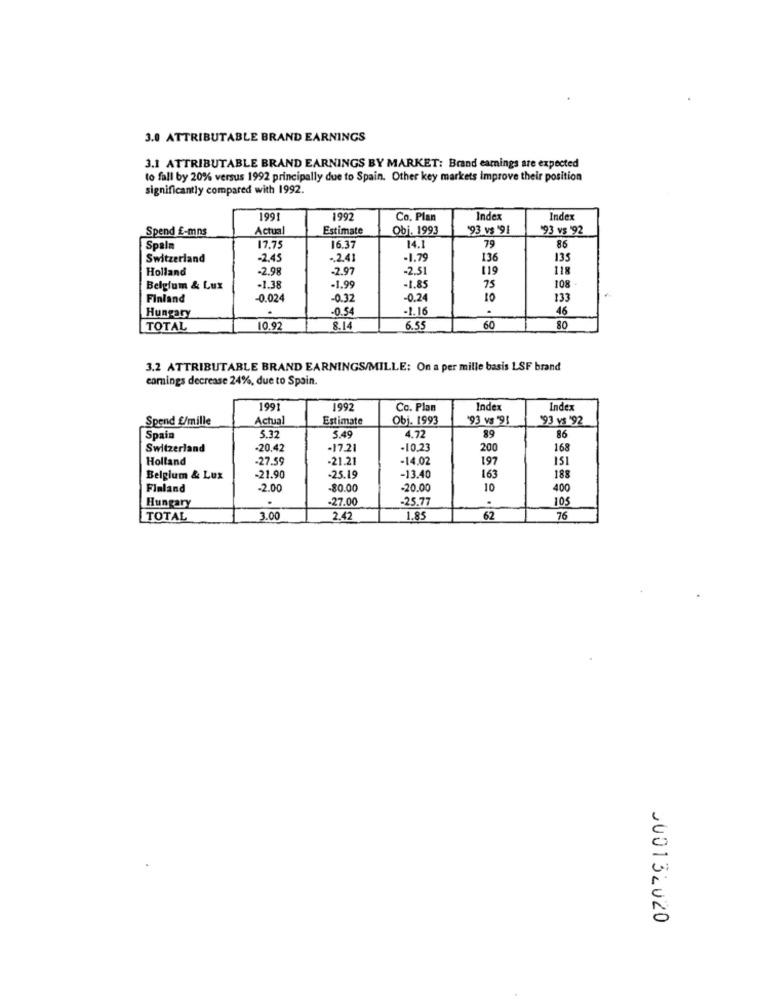
3.0 ATTRIBUTABLE BRAND EARNINGS
3.1 ATTRIBUTABLE BRAND EARNINGS BY MARKET: Brand earnings are expected
to fall by 20% versus 1992 principally due to Spain. Other key markets improve their position
significantly compared with 1992.
1991
1992
Co. Plan
Index
Index
Spend E-mns
Actual
Estimate
Obi. 1993
'93 vs '91
'93 vs '92
Spala
17.75
16.37
14.1
79
86
Switzerland
-2.45
.. 2.41
-1.79
136
135
Holland
-2.98
-2.97
-2.51
119
118
Belgium & Lux
-1.38
-1.99
-1.85
75
108
Finland
-0.024
-0.32
-0.24
133
.
-0.54
-1.16
.
46
Hungary
TOTAL
10.92
8.14
6.55
60
80
3.2 ATTRIBUTABLE BRAND EARNINGS/MILLE: On a per mille basis LSF brand
earnings decrease 24%, due to Spain.
1991
1992
Co. Plan
Index
Index
Spend £/mille
Actual
Estimate
Obj. 1993
93 vs *9!
'93 vs '92
Spain
5.32
5.49
4.72
89
86
Switzerland
-20.42
-17.21
-10.23
200
168
Holland
-27.59
-21.21
-14.02
197
151
163
Belgium & Lux
-21.90
-25.19
-13.40
188
Finland
-2.00
-$0.00
-20.00
10
400
-27.00
-25.77
105
Hungary
TOTAL
3.00
2.42
1.85
62
76
000132020